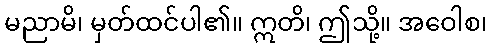
မညာမိ၊ မှတ်ထင်ပါ၏။ ဣတိ၊ ဤသို့။ အဝေါစ၊